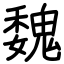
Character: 魏